Civil Veterinary Dept. North-West Frontier Province 1901-22 - 1901-1922
Year: 1901
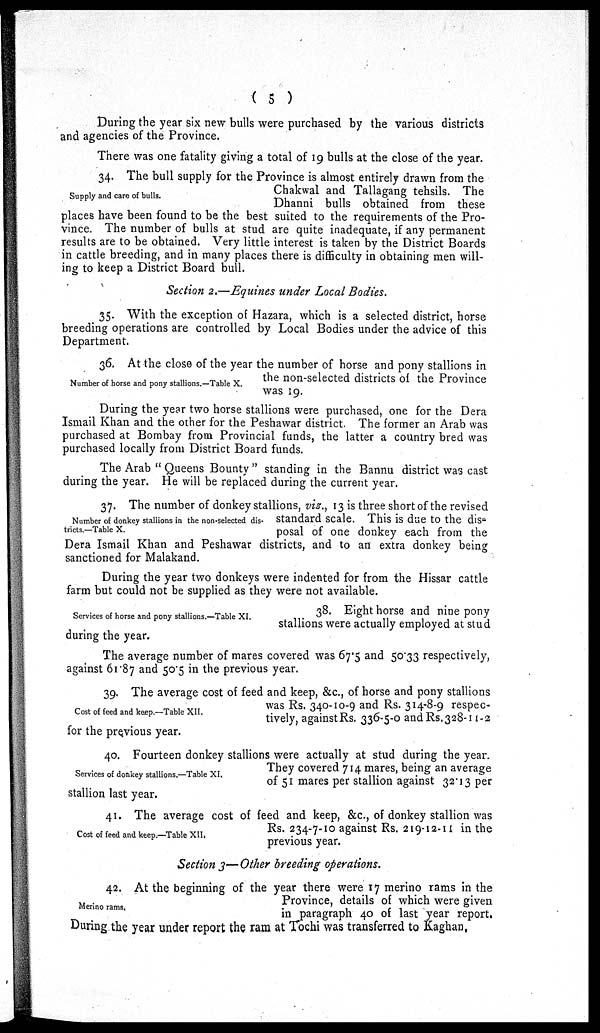
(5)
During the year six new bulls were purchased by the various districts
and agencies of the Province.
There was one fatality giving a total of 19 bulls at the close of the year.
Supply and care of bulls.
34. The bull supply for the Province is almost entirely drawn from the
Chakwal and Tallagang tehsils. The
Dhanni bulls obtained from these
places have been found to be the best suited to the requirements of the Pro-
vince. The number of bulls at stud are quite inadequate, if any permanent
results are to be obtained. Very little interest is taken by the District Boards
in cattle breeding, and in many places there is difficulty in obtaining men will-
ing to keep a District Board bull.
Section 2.—Equines under Local Bodies.
35. With the exception of Hazara, which is a selected district, horse
breeding operations are controlled by Local Bodies under the advice of this
Department.
Number of horse and pony stallions.—Table X.
36. At the close of the year the number of horse and pony stallions in
the non-selected districts of the Province
was 19.
During the year two horse stallions were purchased, one for the Dera
Ismail Khan and the other for the Peshawar district. The former an Arab was
purchased at Bombay from Provincial funds, the latter a country bred was
purchased locally from District Board funds.
The Arab "Queens Bounty" standing in the Bannu district was cast
during the year. He will be replaced during the current year.
Number of donkey stallions in the non-selected dis-
tricts.—Table X.
37. The number of donkey stallions, viz., 13 is three short of the revised
standard scale. This is due to the dis-
posal of one donkey each from the
Dera Ismail Khan and Peshawar districts, and to an extra donkey being
sanctioned for Malakand.
During the year two donkeys were indented for from the Hissar cattle
farm but could not be supplied as they were not available.
Services of horse and pony stallions.—Table XI.
38. Eight horse and nine pony
stallions were actually employed at stud
during the year.
The average number of mares covered was 67.5 and 50.33 respectively,
against 61.87 and 50.5 in the previous year.
Cost of feed and keep.—Table XII.
39. The average cost of feed and keep, &c, of horse and pony stallions
was Rs. 340-10-9 and Rs. 314-8-9 respec-
tively, against Rs. 336-5-0 and Rs. 328-11-2
for the previous year.
Services of donkey stallions.—Table XI.
40. Fourteen donkey stallions were actually at stud during the year.
They covered 714 mares, being an average
of 51 mares per stallion against 32.13 per
stallion last year.
Cost of feed and keep.—Table XII.
41. The average cost of feed and keep, &c, of donkey stallion was
Rs. 234-7-10 against Rs. 219-12-11 in the
previous year.
Section 3—Other breeding operations.
Merino rams.
42. At the beginning of the year there were 17 merino rams in the
Province, details of which were given
in paragraph 40 of last year report.
During the year under report the ram at Tochi was transferred to Kaghan,